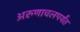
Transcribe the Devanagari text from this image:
अरुणाचलपर्यंत